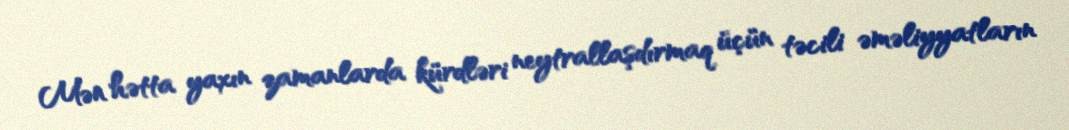
Mən hətta yaxın zamanlarda kürdləri neytrallaşdırmaq üçün təcili əməliyyatların